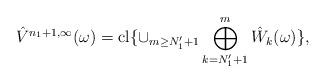
LaTeX: \begin{align*} \hat V^{n_1+1,\infty}(\omega)=\mathrm{cl}\{\cup_{m\geq N'_1+1}\bigoplus_{k=N'_1+1}^m\hat W_k(\omega)\}, \end{align*}